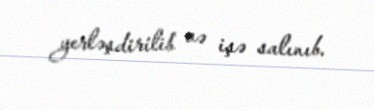
yerləşdirilib və işə salınıb.